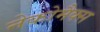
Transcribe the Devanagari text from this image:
नेकोमैक्स